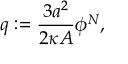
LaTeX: q : = \frac { 3 a ^ { 2 } } { 2 \kappa A } \phi ^ { N } ,